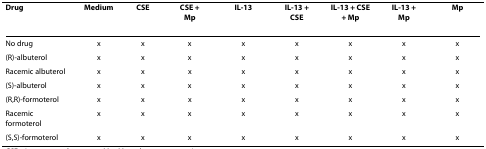
| Drug | Medium | CSE | CSE +Mp | IL-13 | IL-13 +CSE | IL-13 + CSE+ Mp | IL-13 +Mp | Mp |
 | --- | --- | --- | --- | --- | --- | --- | --- | --- |
 | No drug | x | x | x | x | x | x | x | x |
 | (R)-albuterol | x | x | x | x | x | x | x | x |
 | Racemic albuterol | x | x | x | x | x | x | x | x |
 | (S)-albuterol | x | x | x | x | x | x | x | x |
 | (R,R)-formoterol | x | x | x | x | x | x | x | x |
 | Racemic formoterol | x | x | x | x | x | x | x | x |
 | (S,S)-formoterol | x | x | x | x | x | x | x | x |